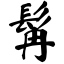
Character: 髯